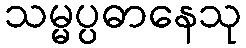
သမ္မပ္ပဓာနေသု